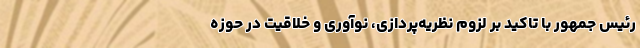
رئیس جمهور با تاکید بر لزوم نظریه‌پردازی، نوآوری و خلاقیت در حوزه